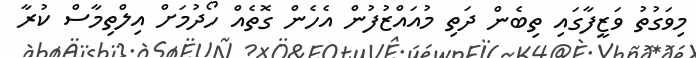
މިވަގުތު ވަޒީފާގައި ތިބެން ދަތި މުއައްޒުފުން އެހެން ގޮތެއް ހޯދުމަށް އިލްތިމާސް ކުރާ